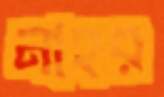
নাহর